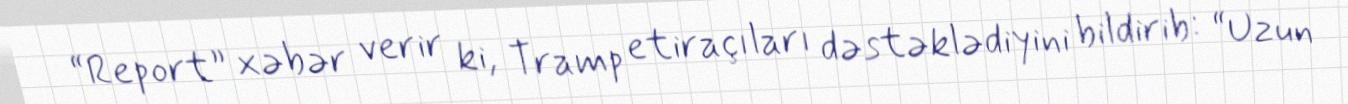
“Report” xəbər verir ki, Tramp etiraçıları dəstəklədiyini bildirib: “Uzun